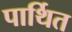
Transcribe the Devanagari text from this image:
पार्थित